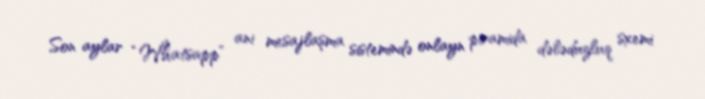
Son aylar “Whatsapp” ani mesajlaşma sistemində onlayn piramida dələduzluq sxemi